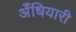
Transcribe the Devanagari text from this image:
अँधियारी